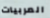
المربيات